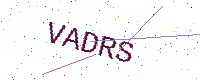
Text: VADRS